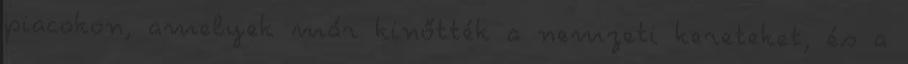
piacokon, amelyek már kinőtték a nemzeti kereteket, és a